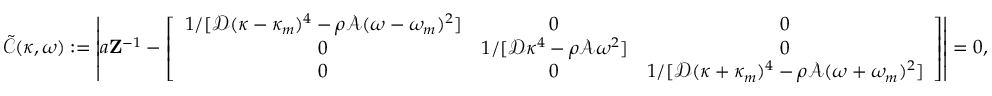
\mathcal { \tilde { C } } ( \kappa , \omega ) : = \left| a \mathbf { Z } ^ { - 1 } - \left[ \begin{array} { c c c } { 1 / [ \mathcal { D } ( \kappa - \kappa _ { m } ) ^ { 4 } - \rho \mathcal { A } ( \omega - \omega _ { m } ) ^ { 2 } ] } & { 0 } & { 0 } \\ { 0 } & { 1 / [ \mathcal { D } \kappa ^ { 4 } - \rho \mathcal { A } \omega ^ { 2 } ] } & { 0 } \\ { 0 } & { 0 } & { 1 / [ \mathcal { D } ( \kappa + \kappa _ { m } ) ^ { 4 } - \rho \mathcal { A } ( \omega + \omega _ { m } ) ^ { 2 } ] } \end{array} \right] \right| = 0 ,